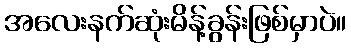
အလေးနက်ဆုံးမိန့်ခွန်းဖြစ်မှာပဲ။